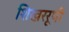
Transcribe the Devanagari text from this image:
शिखररूपी